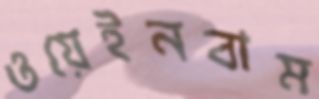
ওয়েইনবাম